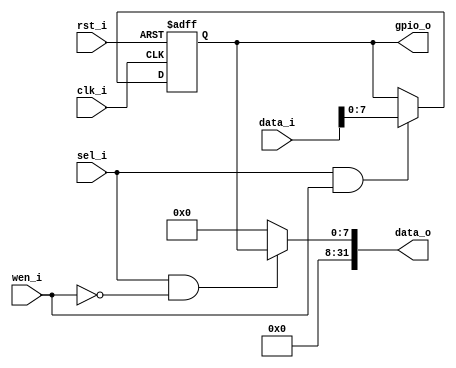
// Matrak M10 RV32I RISC-V Processor
// Glpare II Architechture 2023
// GPIO Output Module

module gpio (
   input                clk_i,
   input                rst_i,
   input                sel_i,   // Seim sinyali
   input                wen_i,   // Yazma yetkilendirme
   input [31:0]         data_i,  // Veri girii, ilemciden geliyor.
   output [31:0]        data_o,  // Veri k, ilemciye gidiyor.
   output reg [7:0]     gpio_o   // GPIO k pinleri
);

   // evrebirim seilmise ve yazma etkin deilse (okuma etkin) k kaydedicisinin deerini ilemciye gnder.
   assign data_o = (sel_i & !wen_i) ? {24'b0, gpio_o} : 32'b0;

   always @(posedge clk_i, posedge rst_i) begin
      if (rst_i) begin // klar sfrlanyor.
         gpio_o <= 8'b0;
      end else begin
         // evrebirim seilmise ve yazma etkinse ilemciden gelen deeri k kaydedicisine aktar.
         if (sel_i & wen_i) begin
            gpio_o <= data_i[7:0];
         end
      end
   end

endmodule